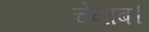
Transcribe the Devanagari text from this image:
चेनाब।